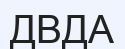
ДВДА